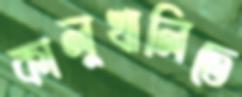
কালুখালিতে